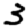
Digit: 3